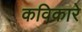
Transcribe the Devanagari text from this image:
कविकारे